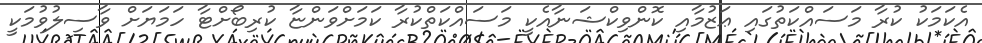
އެކަމަކު ކުރާ މަސައްކަތުގައި ޢަޒުމާއި ކޮންވިކްޝަނާއެކީ މަސައްކަތްކުރާ ކަމަށްވަންޏާ ކުރިބޯށްޓާ ހަމަޔަށް ވާސިލުވުމަކީ